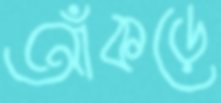
আঁকড়ে